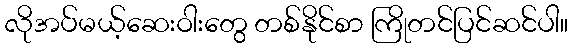
လိုအပ်မယ့်ဆေးဝါးတွေ တစ်နိုင်စာ ကြိုတင်ပြင်ဆင်ပါ။